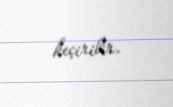
keçirilir.